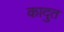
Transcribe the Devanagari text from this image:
कादुत